[Report on the health of British troops in the Madras command]
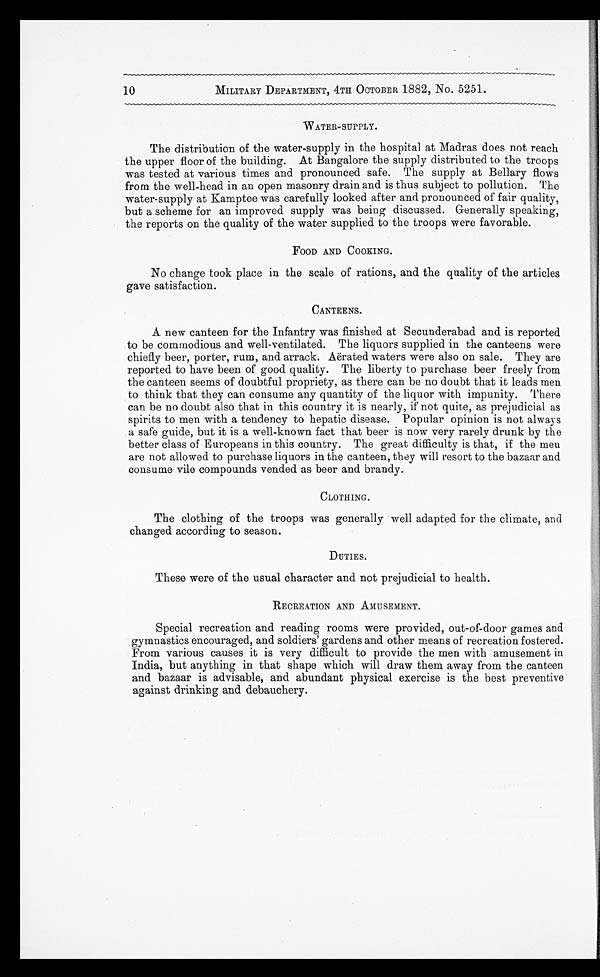
10
MILITARY DEPARTMENT, 4TH OCTOBER 1882, No. 5251.
WATER-SUPPLY.
The distribution of the water-supply in the hospital at Madras does not reach
the upper floor of the building. At Bangalore the supply distributed to the troops
was tested at various times and pronounced safe. The supply at Bellary flows
from the well-head in an open masonry drain and is thus subject to pollution. The
water-supply at Kamptee was carefully looked after and pronounced of fair quality,
but a scheme for an improved supply was being discussed. Generally speaking,
the reports on the quality of the water supplied to the troops were favorable.
FOOD AND COOKING.
No change took place in the scale of rations, and the quality of the articles
gave satisfaction.
CANTEENS.
A new canteen for the Infantry was finished at Secunderabad and is reported
to be commodious and well-ventilated. The liquors supplied in the canteens were
chiefly beer, porter, rum, and arrack. Aërated waters were also on sale. They are
reported to have been of good quality. The liberty to purchase beer freely from
the canteen seems of doubtful propriety, as there can be no doubt that it leads men
to think that they can consume any quantity of the liquor with impunity. There
can be no doubt also that in this country it is nearly, if not quite, as prejudicial as
spirits to men with a tendency to hepatic disease. Popular opinion is not always
a safe guide, but it is a well-known fact that beer is now very rarely drunk by the
better class of Europeans in this country. The great difficulty is that, if the men
are not allowed to purchase liquors in the canteen, they will resort to the bazaar and
consume vile compounds vended as beer and brandy.
CLOTHING.
The clothing of the troops was generally well adapted for the climate, and
changed according to season.
DUTIES.
These were of the usual character and not prejudicial to health.
RECREATION AND AMUSEMENT.
Special recreation and reading rooms were provided, out-of-door games and
gymnastics encouraged, and soldiers' gardens and other means of recreation fostered.
From various causes it is very difficult to provide the men with amusement in
India, but anything in that shape which will draw them away from the canteen
and bazaar is advisable, and abundant physical exercise is the best preventive
against drinking and debauchery.